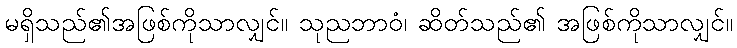
မရှိသည်၏အဖြစ်ကိုသာလျှင်။ သုညဘာဝံ၊ ဆိတ်သည်၏ အဖြစ်ကိုသာလျှင်။